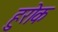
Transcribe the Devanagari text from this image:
हुरोक